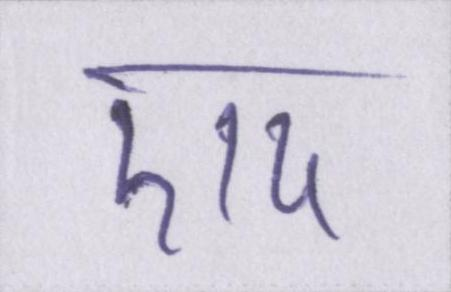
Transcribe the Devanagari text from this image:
एप